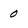
Character: 0